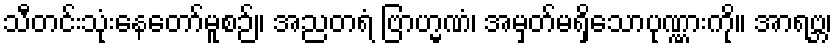
သီတင်းသုံးနေတော်မူစဉ်။ အညတရံ ဗြာဟ္မဏံ၊ အမှတ်မရှိသောပုဏ္ဏားကို။ အာရဗ္ဘ၊